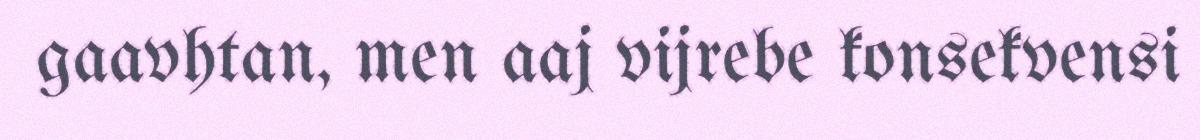
gaavhtan, men aaj vijrebe konsekvensi